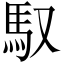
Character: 馭